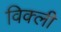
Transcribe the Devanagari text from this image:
विक्ली